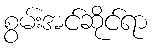
စွမ်းအင်ဆိုင်ရာ